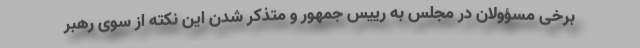
برخی مسؤولان در مجلس به رییس جمهور و متذکر شدن این نکته از سوی رهبر